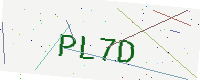
Text: PL7D